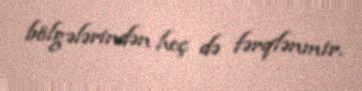
bölgələrindən heç də fərqlənmir.